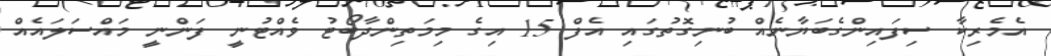
އެމެރިކާ ސިފައިންގެބަޔާނެއް ބުނިގޮތުގައި އެފް 15 އިގެ މިމަތިންދާބޯޓު ވެއްޓުނީ ފަންނީ މައްސަލައެއް